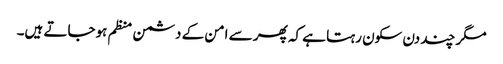
مگر چند دن سکون رہتا ہے کہ پھر سے امن کے دشمن منظم ہوجاتے ہیں۔